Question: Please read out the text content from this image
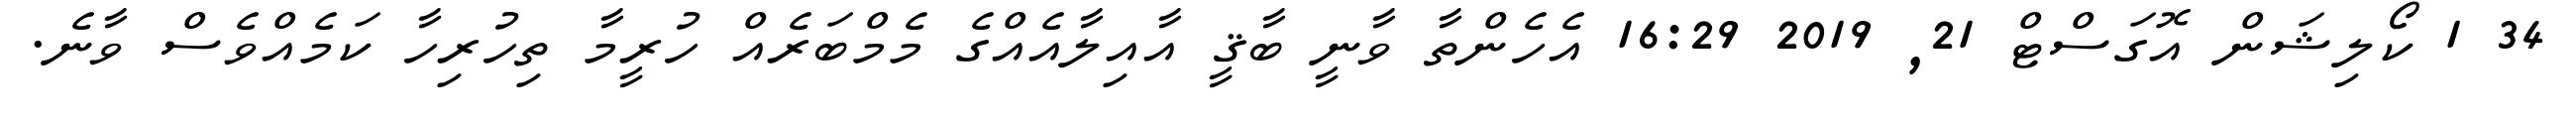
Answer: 34 1 ކޯލިޝަން އޮގަސްޓް 21, 2019 16:29 އެހެންތާ ވާނީ ބާޤީ އާއިލާއެއްގެ މެމްބަރެއް ހުރީމާ ތިހުރިހާ ކަމެއްވެސް ވާނެ.